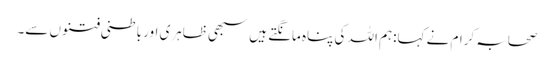
صحابہ کرام نے کہا:ہم اللہ کی پناہ مانگتے ہیں سبھی ظاہری اور باطنی فتنوں سے۔